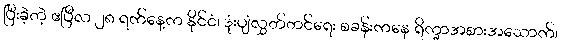
ပြီးခဲ့တဲ့ ဧပြီလ ၂၈ ရက်နေ့က နိုင်ငံ၊ ဒုံးပျံလွှတ်တင်ရေး စခန်းကနေ ရိက္ခာအစားအသောက်၊